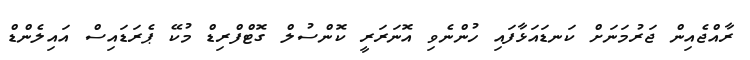
ރާއްޖެއިން ޖަރުމަނަަށް ކަނޑައަޅާފައި ހުންނެވި އޮނަރަރީ ކޮންސުލް ގޮޓްފްރިޑް މުކޭ ޕެރަޑައިސް އައިލެންޑް